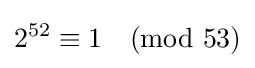
2^{52}\equiv 1{\pmod {53}}